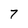
Character: 7